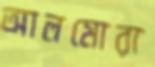
আলমোরা